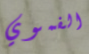
الفموي